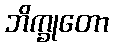
ဘိက္ခုတော